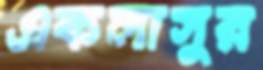
একলাসুর